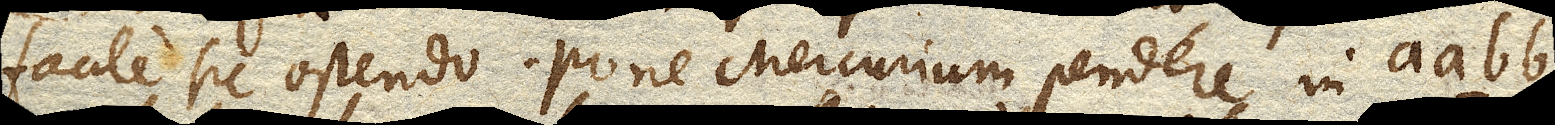
facile sic ostendo. Pone Mercurium pendere in aa-bb